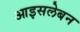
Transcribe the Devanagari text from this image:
आइसलेबन